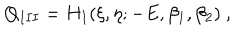
Q _ { I I I } = H _ { I } ( \xi , \eta ; - E , \beta _ { 1 } , \beta _ { 2 } ) \ ,